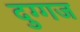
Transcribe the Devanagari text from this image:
दुग्गज